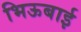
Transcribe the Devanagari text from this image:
भिऊबाई